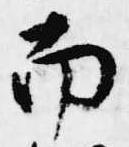
南